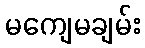
မကျေမချမ်း